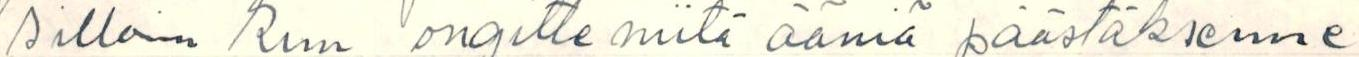
silloin kun ongitte niitä ääniä päästäksenne